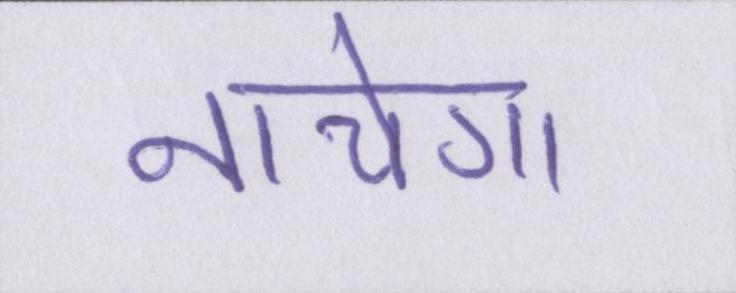
नाचेगा